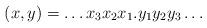
LaTeX: \begin{align*}(x,y) = \dots x_3x_2x_1.y_1y_2y_3\dots \end{align*}